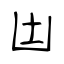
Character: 凷